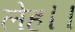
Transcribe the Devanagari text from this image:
लेह।।